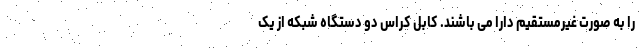
را به صورت غیرمستقیم دارا می باشند. کابل کراس دو دستگاه شبکه از یک